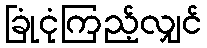
ခြုံငုံကြည့်လျှင်